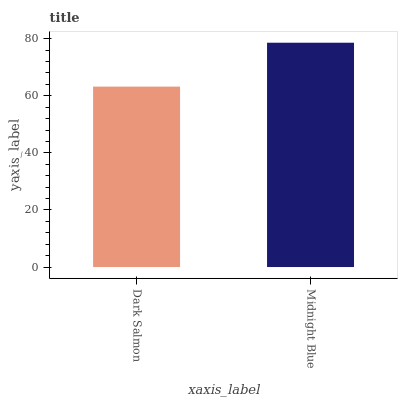
| xaxis_label | bars |
 | --- | --- |
 | Dark Salmon | 63.2 |
 | Midnight Blue | 78.6 |